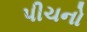
પીચનો